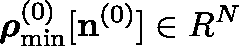
{ \boldsymbol \rho } _ { \mathrm { m i n } } ^ { ( 0 ) } [ { \bf n } ^ { ( 0 ) } ] \in { \boldmath R } ^ { N }